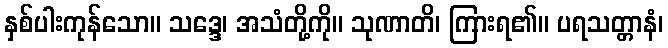
နှစ်ပါးကုန်သော။ သဒ္ဒေ၊ အသံတို့ကို။ သုဏာတိ၊ ကြားရ၏။ ပရသတ္တာနံ၊